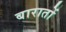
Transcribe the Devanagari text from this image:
बारातों